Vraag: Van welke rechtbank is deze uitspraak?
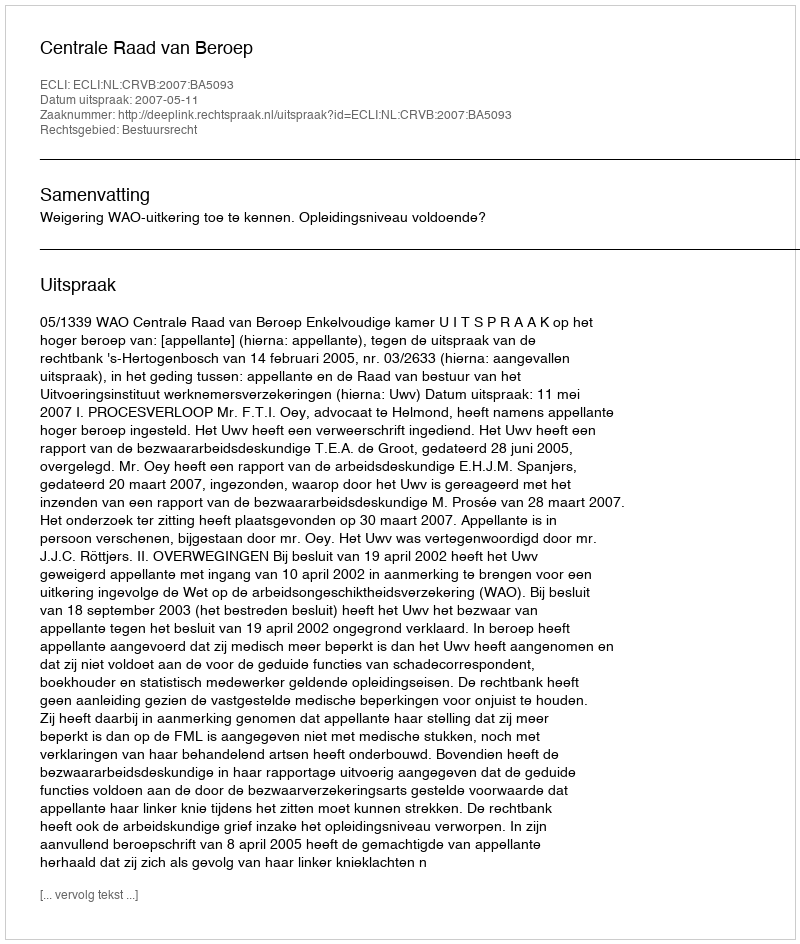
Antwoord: Centrale Raad van Beroep